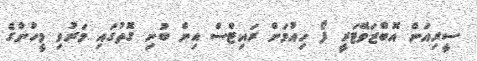
ސީރިއަން އޮބްޒަވޭޓަރީ ފޯ ހިއުމަން ރައިޓްސް އިން ބުނި ގޮތުގައި މަރުވި މީހުންގެ